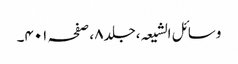
وسائل الشیعہ ،جلد٨ ،صفحہ ٤٠١۔